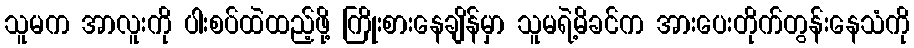
သူမက အာလူးကို ပါးစပ်ထဲထည့်ဖို့ ကြိုးစားနေချိန်မှာ သူမရဲ့မိခင်က အားပေးတိုက်တွန်းနေသံကို